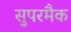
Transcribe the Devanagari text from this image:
सुपरमैक